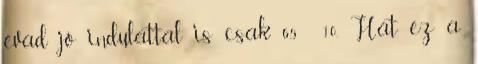
évad jó indulattal is csak 6,5 10. Hát ez a